Document type: Emphyteutic lease
Year: 1283
Scribe: Pere Marquès
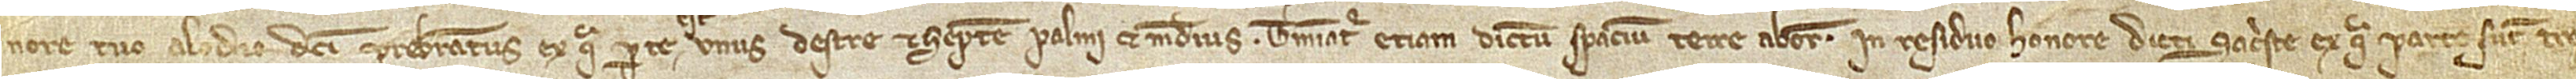
nore tuo, alodio dicti presbiteratus, ex qua parte unus destre et septem palmi et medius. Terminatur etiam dictum spacium terre ab oriente in residuo honore dicti sacriste, ex qua parte sunt tres